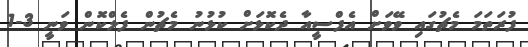
ފުރަތަމަ މެޗުގައި ވޭވަށް އެފްސީއާ ދެކޮޅަށް ކުޅުނު މެޗުން ފެލްކޮން ވަނީ 3-1